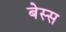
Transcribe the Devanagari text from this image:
बेस्स